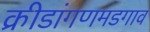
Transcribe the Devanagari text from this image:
क्रीडांगणमडगाव